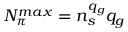
N _ { \pi } ^ { m a x } = n _ { s } ^ { q _ { g } } q _ { g }